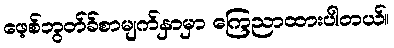
ဖေ့စ်ဘွတ်ခ်စာမျက်နှာမှာ ကြေညာထားပါတယ်။